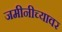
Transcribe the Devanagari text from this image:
जमीनीच्यावर